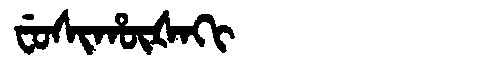
Manchu: ᠸᡠᠰᡳᡥᡡᡧᠠᡴᡳ
Romanization: FUSIHŪŠAKI